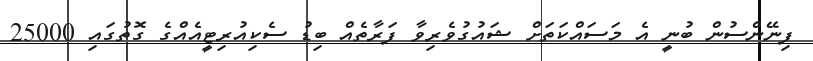
ފިނޭންސުން ބުނީ އެ މަސައްކަތަށް ޝައުގުވެރިވާ ފަރާތެއް ބިޑު ސެކިއުރިޓީއެއްގެ ގޮތުގައި 25000